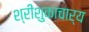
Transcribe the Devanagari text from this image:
श्रीशुकाचार्य